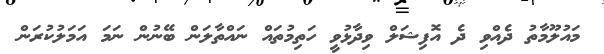
މައުލޫމާތު ދެއްވި ދެ އޮފިޝަލް ވިދާޅުވީ ހަތިމުތައް ނައްތާލަން ބޭނުން ނަމަ އަމަލުކުރަން